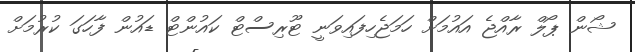
ޝޯން ޕޯލް ރާއްޖެ އައުމަށް ހަމަޖެހިފައިވަނީ ޓޫރިސްޓް ކައުންޓް ޑައުން ފާހަގަ ކުރުމަށް